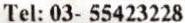
TEL: 03- 55423228